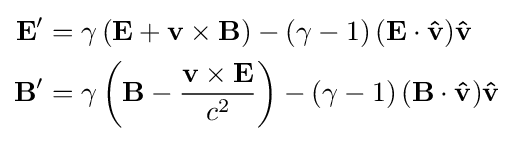
{\begin{aligned}\mathbf {E} '&=\gamma \left(\mathbf {E} +\mathbf {v} \times \mathbf {B} \right)-\left({\gamma -1}\right)(\mathbf {E} \cdot \mathbf {\hat {v}} )\mathbf {\hat {v}} \\\mathbf {B} '&=\gamma \left(\mathbf {B} -{\frac {\mathbf {v} \times \mathbf {E} }{c^{2}}}\right)-\left({\gamma -1}\right)(\mathbf {B} \cdot \mathbf {\hat {v}} )\mathbf {\hat {v}} \end{aligned}}